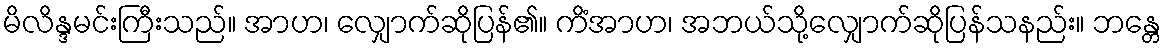
မိလိန္ဒမင်းကြီးသည်။ အာဟ၊ လျှောက်ဆိုပြန်၏။ ကိံအာဟ၊ အဘယ်သို့လျှောက်ဆိုပြန်သနည်း။ ဘန္တေ